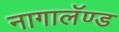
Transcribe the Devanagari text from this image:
नागालॅण्ड